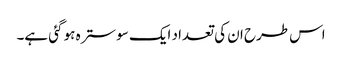
اس طرح ان کی تعداد ایک سو سترہ ہو گئی ہے۔